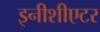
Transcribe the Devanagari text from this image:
इनीशीएटर